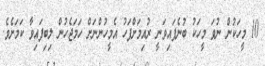
10 މީހަކުން ނުވަ މީހަކު ބުނެފައިވަނީ ރުއިމަށްފަހު އެމީހުންނަށް ހަމަޖެހުން ލިބިފައިވާ ކަމަށެވެ.